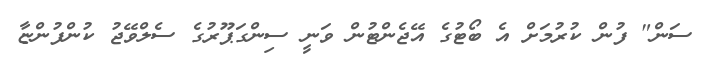
ސަން" ފުން ކުރުމަށް އެ ބޯޓުގެ އޭޖެންޓުން ވަނީ ސިންގަޕޫރުގެ ސެލްވޭޖު ކުންފުންޏާ